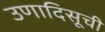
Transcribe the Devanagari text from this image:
उणादिसूची